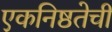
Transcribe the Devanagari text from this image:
एकनिष्ठतेची